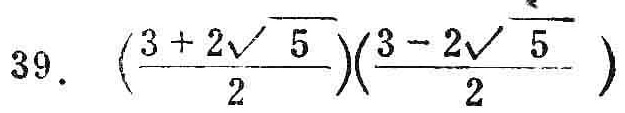
\(39.\  (\frac{3 + 2\sqrt{5}}{2})(\frac{3 - 2\sqrt{5}}{2})\)